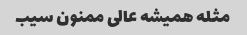
مثله همیشه عالی ممنون سیب